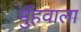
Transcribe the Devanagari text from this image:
मुँहवाला